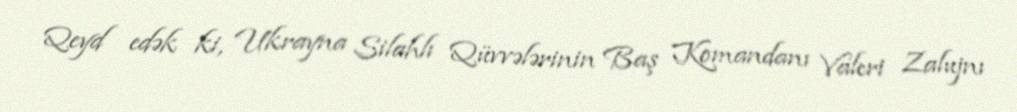
Qeyd edək ki, Ukrayna Silahlı Qüvvələrinin Baş Komandanı Valeri Zalujnı